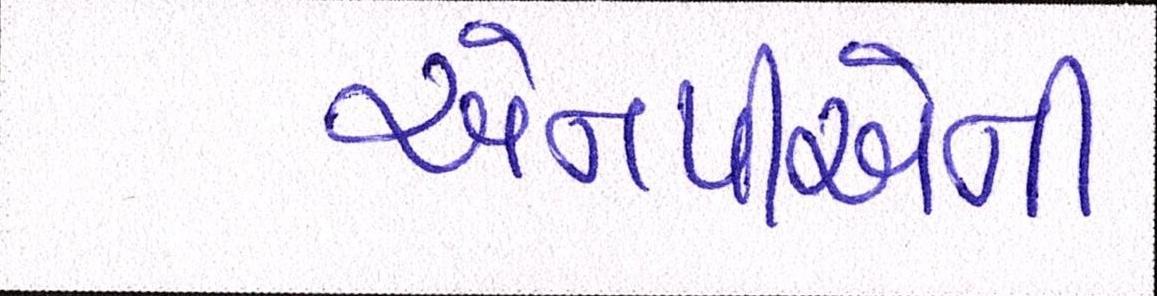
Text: એનપીએની